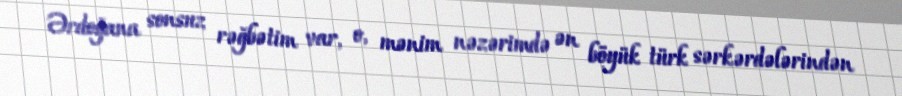
Ərdoğana sonsuz rəğbətim var, o, mənim nəzərimdə ən böyük türk sərkərdələrindən